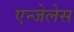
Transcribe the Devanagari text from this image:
एन्जेलेस